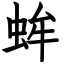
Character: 蛑